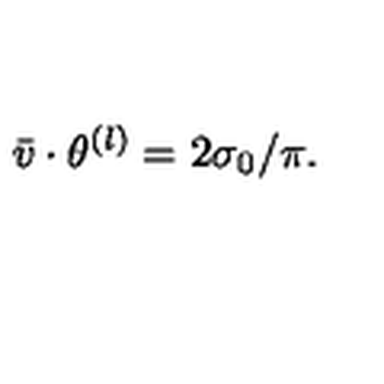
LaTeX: \bar { v } \cdot \theta ^ { ( l ) } = 2 \sigma _ { 0 } / \pi .